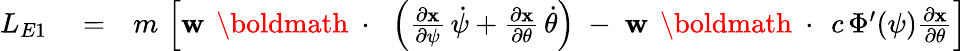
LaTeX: \begin{array}{rlr}{L_{E1}}&{{}=}&{m\, \left[{\mathbf w}\, \mathrm{~\boldmath~\cdot~}\, \left(\frac{\partial\mathbf x}{\partial\psi}\, \dot{\psi}+\frac{\partial\mathbf x}{\partial\theta}\, \dot{\theta}\right)\; -\; {\mathbf w}\, \mathrm{~\boldmath~\cdot~}\, c\, \Phi^{\prime}(\psi)\frac{\partial\mathbf x}{\partial\theta}\right]}\end{array}